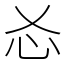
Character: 㣻